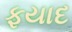
ફયાદ